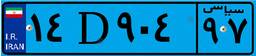
۱۴D۹۰۴۹۷